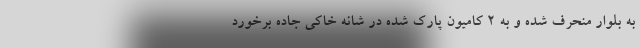
به بلوار منحرف شده و به 2 کامیون پارک شده در شانه خاکی جاده برخورد